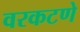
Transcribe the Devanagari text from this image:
वरकटणे